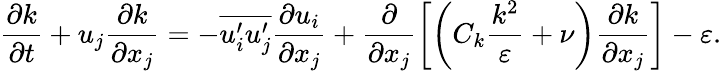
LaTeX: \frac{\partial k}{\partial t}+u_{j}\frac{\partial k}{\partial x_{j}}=-\overline{{u_{i}^{\prime}u_{j}^{\prime}}}\frac{\partial u_{i}}{\partial x_{j}}+\frac{\partial}{\partial x_{j}}\left[\left(C_{k}\frac{k^{2}}{\varepsilon}+\nu\right)\frac{\partial k}{\partial x_{j}}\right]-\varepsilon.